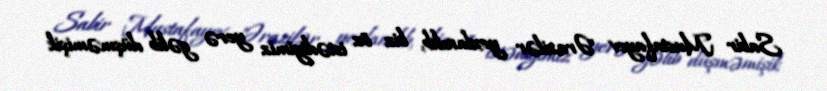
Sabir Mustafayev "Ərazilər yoxlanılıb, biz öz istədiyimiz yerə gəlib düşməmişik